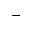
-